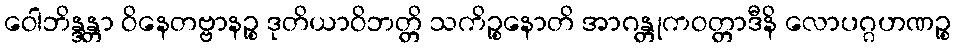
ဝေါဘိန္ဒန္တာ ဝိနေတဗ္ဗာနဉ္စ ဒုတိယာဝိဘတ္တိ သကိဉ္စနောတိ အာဂန္တုကဝတ္တာဒီနိ လောပဂ္ဂဟဏဉ္စ